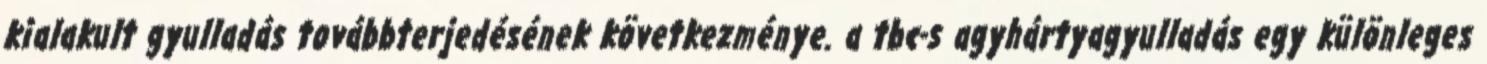
kialakult gyulladás továbbterjedésének következménye. a tbc-s agyhártyagyulladás egy különleges